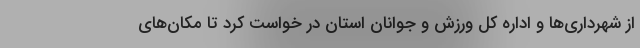
از شهرداری‌ها و اداره کل ورزش و جوانان استان در خواست کرد تا مکان‌های